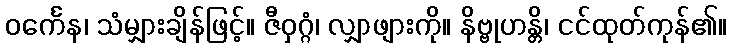
ဝင်္ကေန၊ သံမျှားချိန်ဖြင့်။ ဇီဝှဂ္ဂံ၊ လျှာဖျားကို။ နိဗ္ဗုဟန္တိ၊ ငင်ထုတ်ကုန်၏။